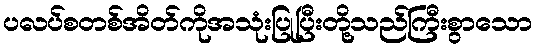
ပလပ်စတစ်အိတ်ကိုအသုံးပြုပြီးတို့သည်ကြီးစွာသော